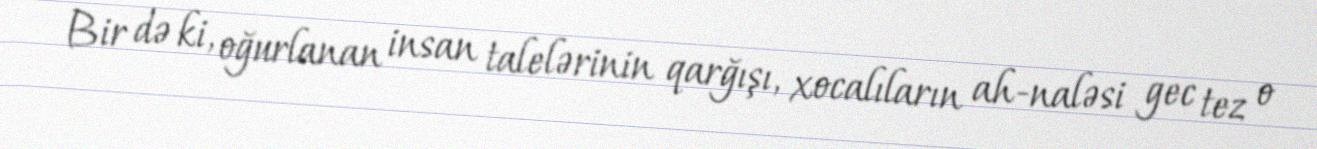
Bir də ki, oğurlanan insan talelərinin qarğışı, xocalıların ah-naləsi gec tez o